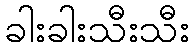
ခါးခါးသီးသီး